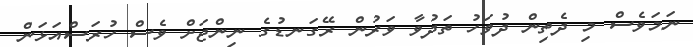
ނަމަވެސް މި ދެތިން ދުވަހު ތަދުވާ ވަރުން ރޭގަނޑުގެ ނިންޖަށް ވެސް ހުރަސްއަޅަން